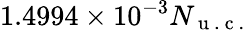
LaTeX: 1.4994\times 10^{-3}N_{\mathrm{~u~.~c~.~}}